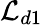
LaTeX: \mathcal{L}_{d1}